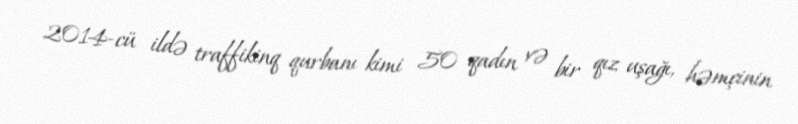
2014-cü ildə traffikinq qurbanı kimi 50 qadın və bir qız uşağı, həmçinin